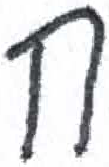
אות: ח